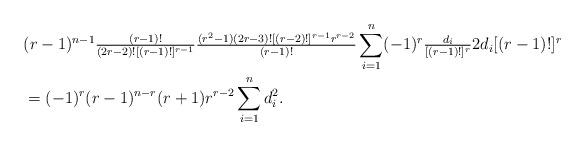
LaTeX: \begin{align*}&(r-1)^{n-1}\tfrac{(r-1)!}{(2r-2)![(r-1)!]^{r-1}}\tfrac{(r^{2}-1)(2r-3)![(r-2)!]^{r-1}r^{r-2}}{(r-1)!}\sum_{i=1}^{n}(-1)^{r}\tfrac{d_{i}}{[(r-1)!]^{r}}2d_{i}[(r-1)!]^{r}\\&=(-1)^{r}(r-1)^{n-r}(r+1)r^{r-2}\sum_{i=1}^{n}d_{i}^{2}.\end{align*}